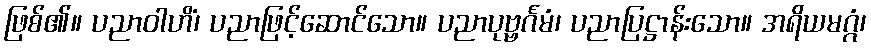
ဖြစ်၏။ ပညာဝါဟိံ၊ ပညာဖြင့်ဆောင်သော။ ပညာပုဗ္ဗင်္ဂမံ၊ ပညာပြဋ္ဌာန်းသော။ အရိယမဂ္ဂံ၊